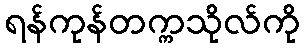
ရန်ကုန်တက္ကသိုလ်ကို